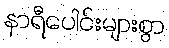
နာရီပေါင်းများစွာ